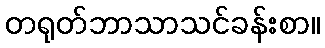
တရုတ်ဘာသာသင်ခန်းစာ။